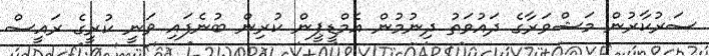
ސަރުކާރުން މަޝްވަރާގެ ދައުވަތު ދިނުމުން އެމްޑީޕީން ކުރިން ބުނެފައި ވަނީ ކުރީގެ ރައީސް